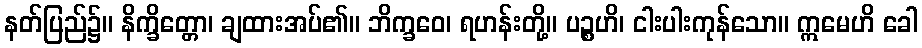
နတ်ပြည်၌။ နိက္ခိတ္တော၊ ချထားအပ်၏။ ဘိက္ခဝေ၊ ရဟန်းတို့။ ပဉ္စဟိ၊ ငါးပါးကုန်သော။ ဣမေဟိ ခေါ